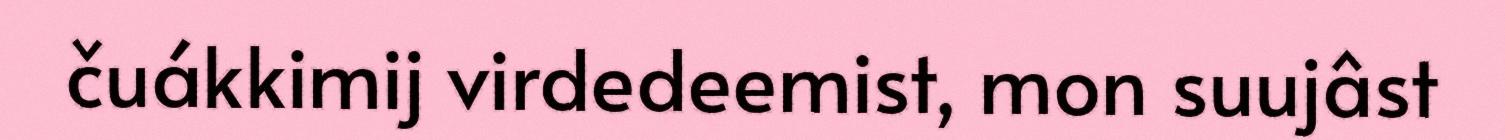
čuákkimij virdedeemist, mon suujâst